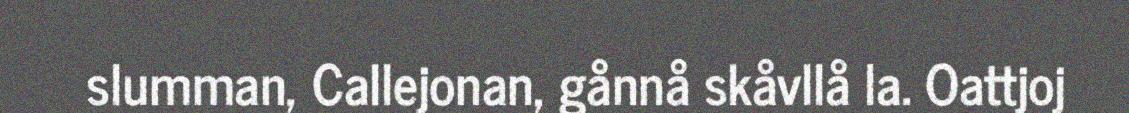
slumman, Callejonan, gånnå skåvllå la. Oattjoj